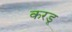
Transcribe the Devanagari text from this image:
करडू